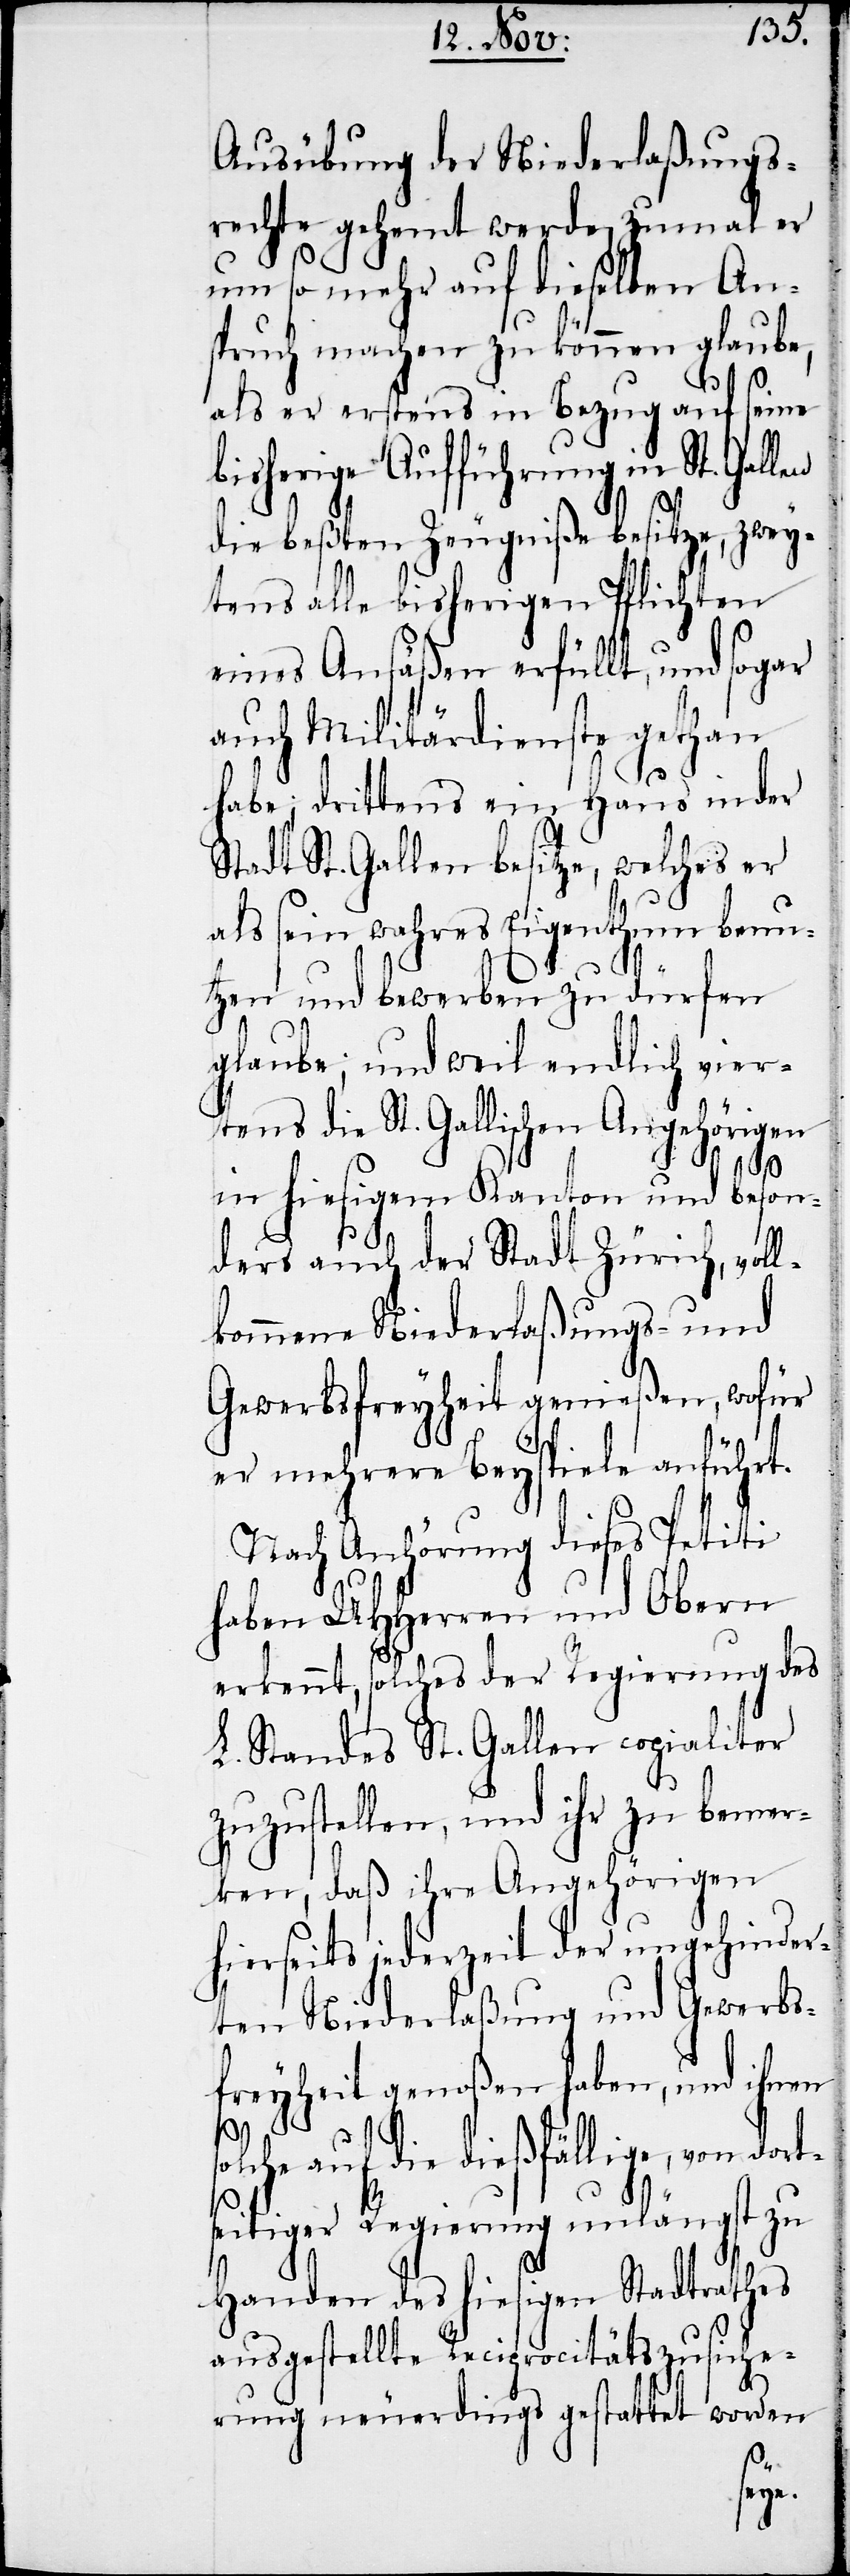
Ausübung der Niederlaßungs¬
rechte gehemt werde, zumal er
um so mehr auf dieselben An¬
spruch machen zu können glaube,
als er erstens in Bezug auf seine
bisherige Aufführung in St.
die beßten Zeugniße besitze, zwey¬
tens alle bisherigen Pflichten
eines Ansäßen erfüllt, und sogar
auch Militärdienste gethan
habe; drittens ein Haus in der
Stadt St. Gallen besitze, welches er
als sein wahres Eigenthum benu¬
tzen und bewerben zu dürfen
glaube; und weil endlich vier¬
tens die St. Gallischen Angehörigen
in hiesigem Kanton und beson¬
ders auch der Stadt Zürich, voll¬
kommene Niederlaßungs- und
Gewerbsfreyheit genießen, wofür
er mehrere Beyspiele anführt.
Nach Anhörung dieses Petiti
haben UHHerren und Obern
erkennt, solches der Regierung des
L. Standes St. Gallen copialiter
zuzustellen, und ihr zu bemer¬
ken, daß ihre Angehörigen
hierseits jederzeit der ungehinder¬
ten Niederlaßung und Gewerbs¬
freyheit genoßen haben, und ihnen
s¬
olche auf die dießfällige, von dort¬
seitiger Regierung unlängst zu
Handen des hiesigen Stadtrathes
ausgestellte Reciprocitätszusiche¬
rung neuerdings gestattet worden